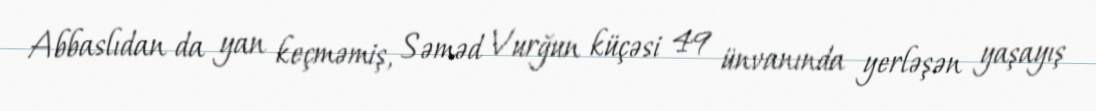
Abbaslıdan da yan keçməmiş, Səməd Vurğun küçəsi 49 ünvanında yerləşən yaşayış